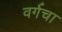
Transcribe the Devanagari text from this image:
वर्गचा